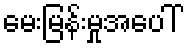
မေးမြန်းမှုအပေါ်